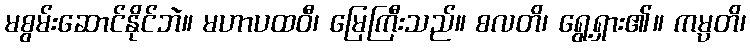
မစွမ်းဆောင်နိုင်ဘဲ။ မဟာပထဝီ၊ မြေကြီးသည်။ စလတိ၊ ရွေ့ရှား၏။ ကမ္ပတိ၊